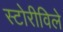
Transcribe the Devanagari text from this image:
स्टोरीविले